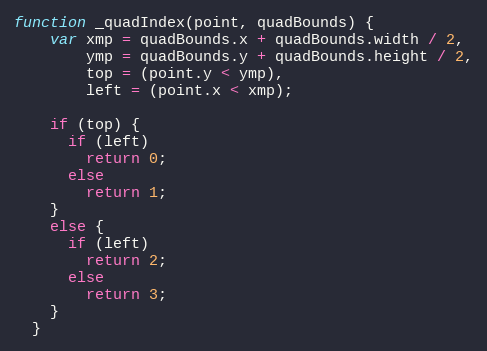
Language: JavaScript
function _quadIndex(point, quadBounds) {
    var xmp = quadBounds.x + quadBounds.width / 2,
        ymp = quadBounds.y + quadBounds.height / 2,
        top = (point.y < ymp),
        left = (point.x < xmp);

    if (top) {
      if (left)
        return 0;
      else
        return 1;
    }
    else {
      if (left)
        return 2;
      else
        return 3;
    }
  }